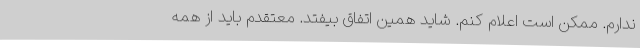
ندارم. ممکن است اعلام کنم. شاید همین اتفاق بیفتد. معتقدم باید از همه